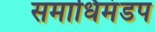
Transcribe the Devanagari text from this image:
समाधिमंडप